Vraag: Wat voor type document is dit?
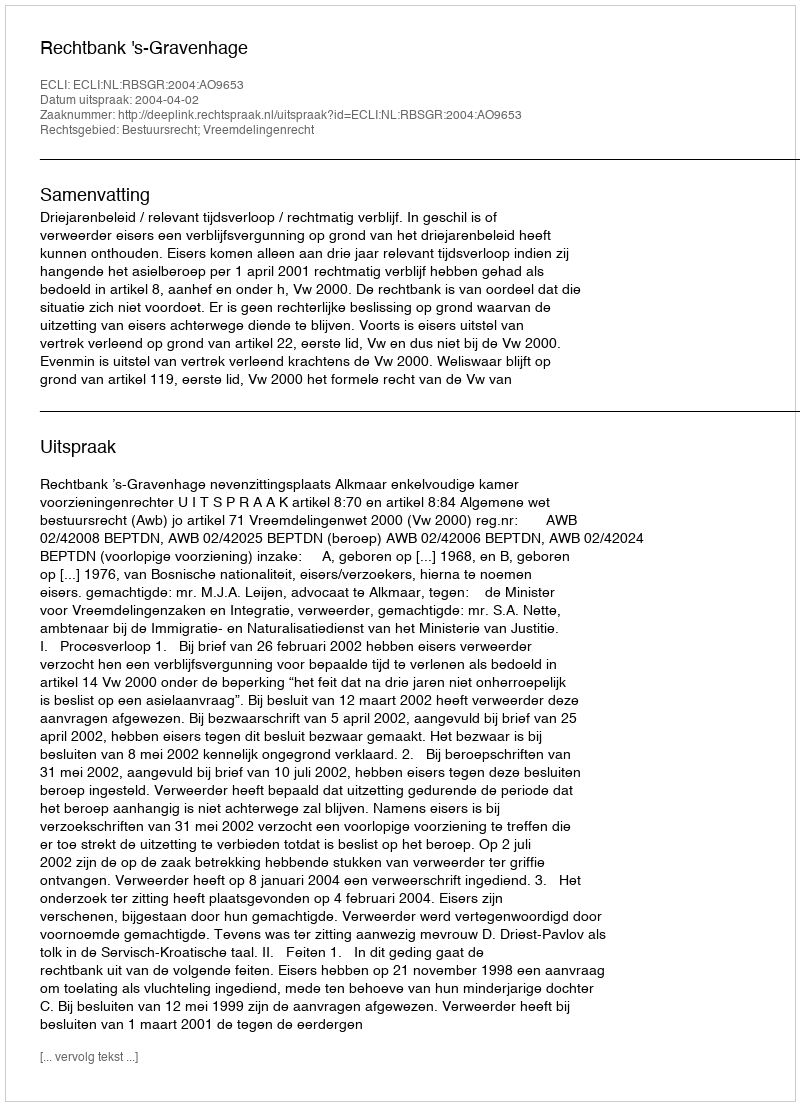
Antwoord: Uitspraak